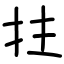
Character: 拄